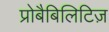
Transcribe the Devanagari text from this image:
प्रोबैबिलिटिज़